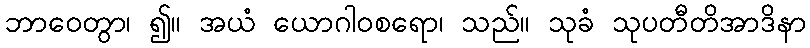
ဘာဝေတွာ၊ ၍။ အယံ ယောဂါဝစရော၊ သည်။ သုခံ သုပတီတိအာဒိနာ